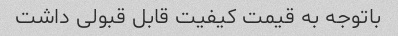
باتوجه به قیمت کیفیت قابل قبولی داشت